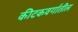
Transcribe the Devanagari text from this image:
कीटकवर्गातील